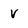
Character: v